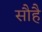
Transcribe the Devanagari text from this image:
सौहै